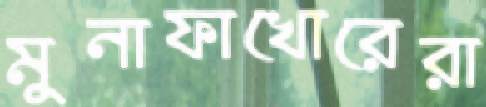
মুনাফাখোরেরা